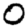
Digit: 0